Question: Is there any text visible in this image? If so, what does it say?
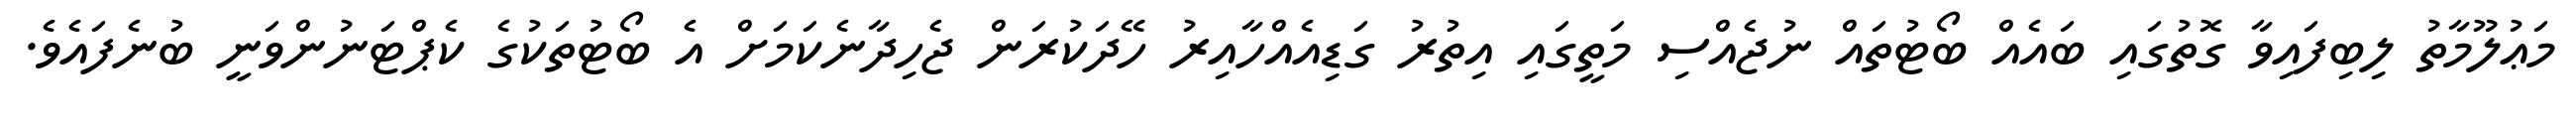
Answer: މަޢުލޫމާތު ލިބިފައިވާ ގޮތުގައި ބައެއް ބޯޓުތައް ނުޖެއްސި މަތީގައި އިތުރު ގަޑިއެއްހާއިރު ހޭދަކުރަން ޖެހިދާނެކަމަށް އެ ބޯޓުތަކުގެ ކެޕްޓަނުންވަނީ ބުނެފައެވެ.